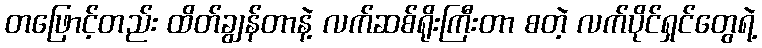
တဖြောင့်တည်း ထိတ်ချွန်တာနဲ့ လက်ဆစ်ရိုးကြီးတာ စတဲ့ လက်ပိုင်ရှင်တွေရဲ့